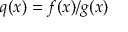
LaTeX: q ( x ) = f ( x ) / g ( x )